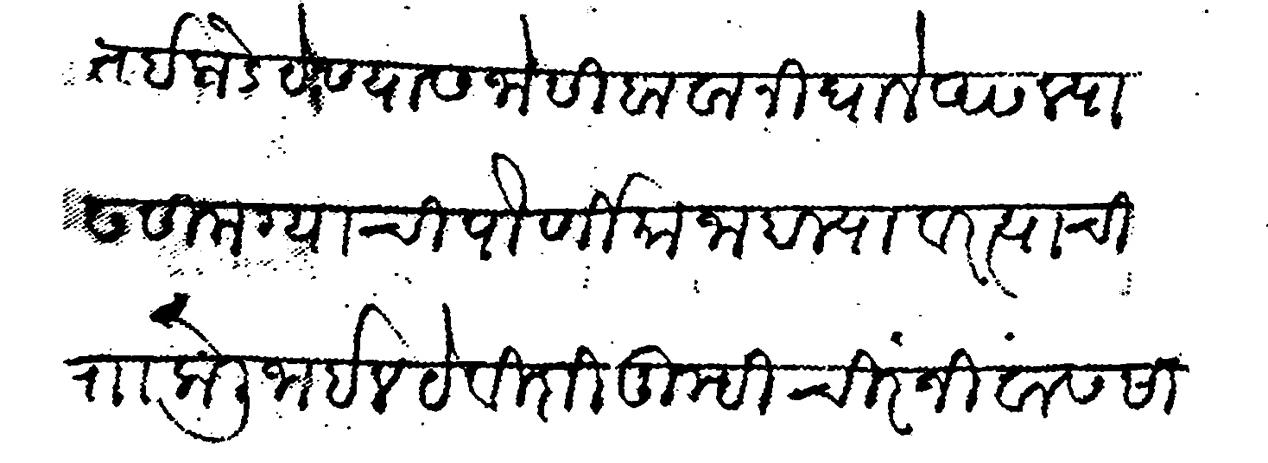
Transliteration (Devanagari): कदाचित इकडे येण्यास जोसी बावा निघाले असल्यास सिमग्याची पौर्णिमा जाहाल्यावर त्याची र केली जाईल ये विशी तुम्ही चिरंजीवास सागणे